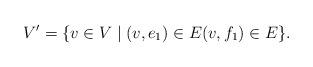
LaTeX: \begin{align*}V'=\{v\in V\mid (v,e_1)\in E (v,f_1)\in E\}.\end{align*}